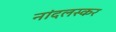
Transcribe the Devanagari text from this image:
नांदलस्कर